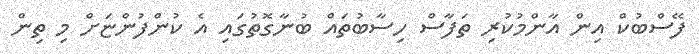
ފޭސްބުކް އިން އާންމުކުރި ތަފާސް ހިސާބުތައް ބުނާގޮތުގައި އެ ކުންފުންޏަށް މި ތިން